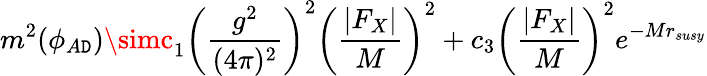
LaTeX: m^{2}(\phi_{A\mathtt{D}})\simc_{1}\left(\frac{{g^{2}}}{{(4\pi)^{2}}}\right)^{2}\left(\frac{{|F_{X}|}}{{M}}\right)^{2}+c_{3}\left(\frac{{|F_{X}|}}{{M}}\right)^{2}e^{-Mr_{susy}}